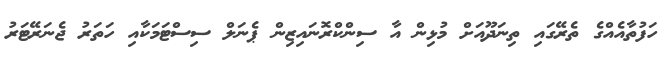
ހަފުތާއެއްގެ ތެރޭގައި ތިނަދޫއަށް މުޅިން އާ ސިންކްރޮނައިޒިން ޕެނަލް ސިސްޓަމަކާއި ހަތަރު ޖެނަރޭޓަރު